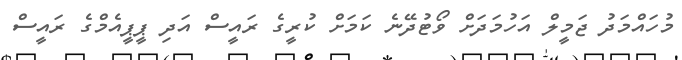
މުހައްމަދު ޖަމީލް އަހުމަދަށް ވޯޓުދޭނެ ކަމަށް ކުރީގެ ރައީސް އަދި ޕީޕީއެމްގެ ރައީސް